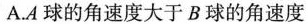
A.A球的角速度大于B球的角速度